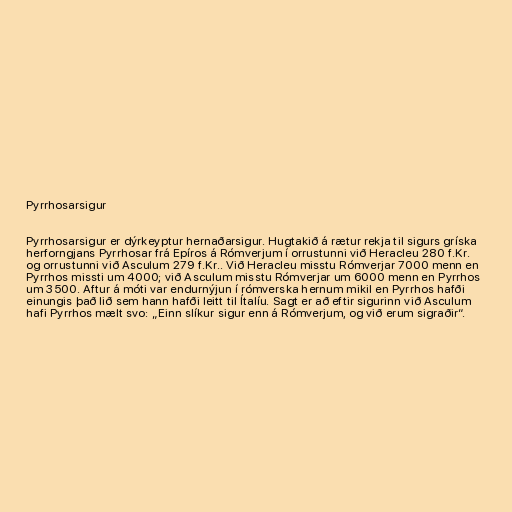
Pyrrhosarsigur

Pyrrhosarsigur er dýrkeyptur hernaðarsigur. Hugtakið á rætur rekja til sigurs gríska
herforngjans Pyrrhosar frá Epíros á Rómverjum í orrustunni við Heracleu 280 f.Kr.
og orrustunni við Asculum 279 f.Kr.. Við Heracleu misstu Rómverjar 7000 menn en
Pyrrhos missti um 4000; við Asculum misstu Rómverjar um 6000 menn en Pyrrhos
um 3500. Aftur á móti var endurnýjun í rómverska hernum mikil en Pyrrhos hafði
einungis það lið sem hann hafði leitt til Ítalíu. Sagt er að eftir sigurinn við Asculum
hafi Pyrrhos mælt svo: „Einn slíkur sigur enn á Rómverjum, og við erum sigraðir“.